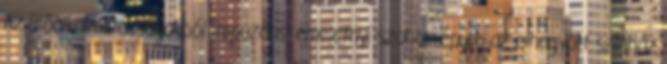
Az ülőalkalmatosságokból impozáns, emeletnyi szobor épült: az elhagyott színház